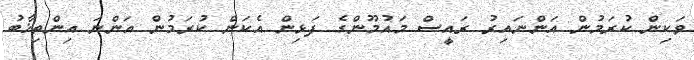
ވަކިން ކުރަމުން އަންނައިރު ރައީސް މައުމޫންގެ ފަޅިން އެކަން ކުރަމުން އަންނަ އިންތިޚާބު